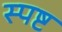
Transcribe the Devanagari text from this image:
स्‍पष्ट